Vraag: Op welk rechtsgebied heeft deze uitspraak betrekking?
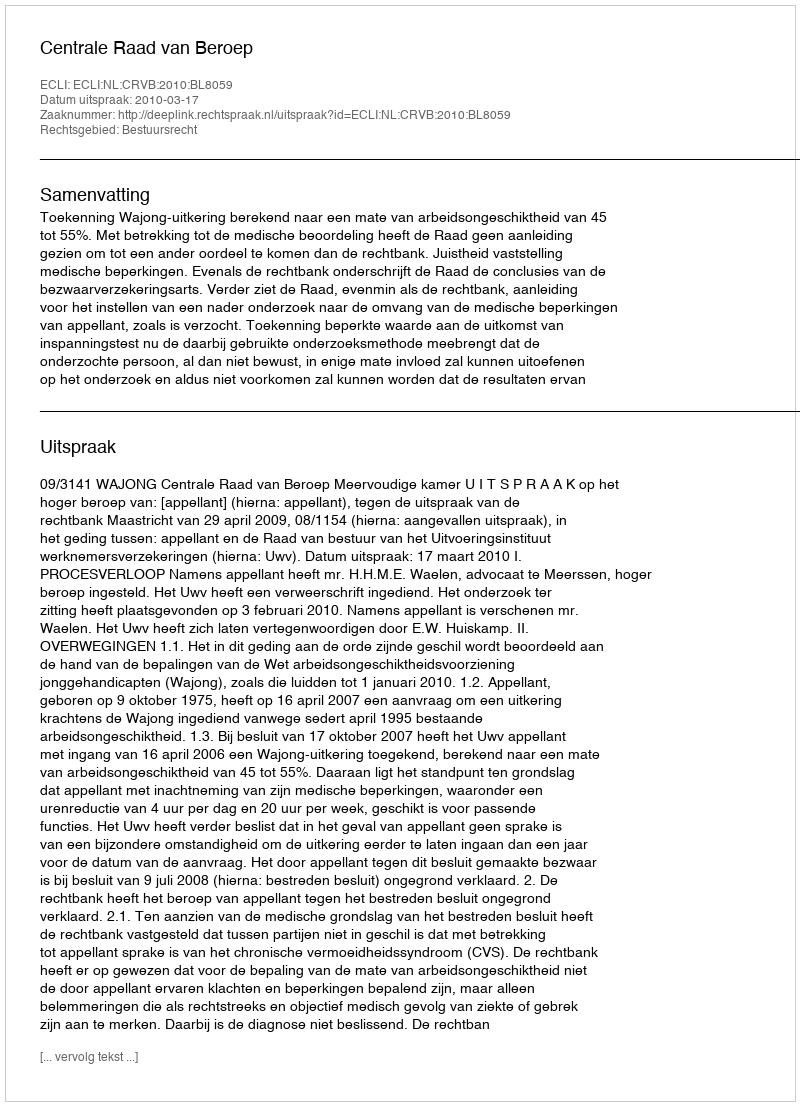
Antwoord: Bestuursrecht